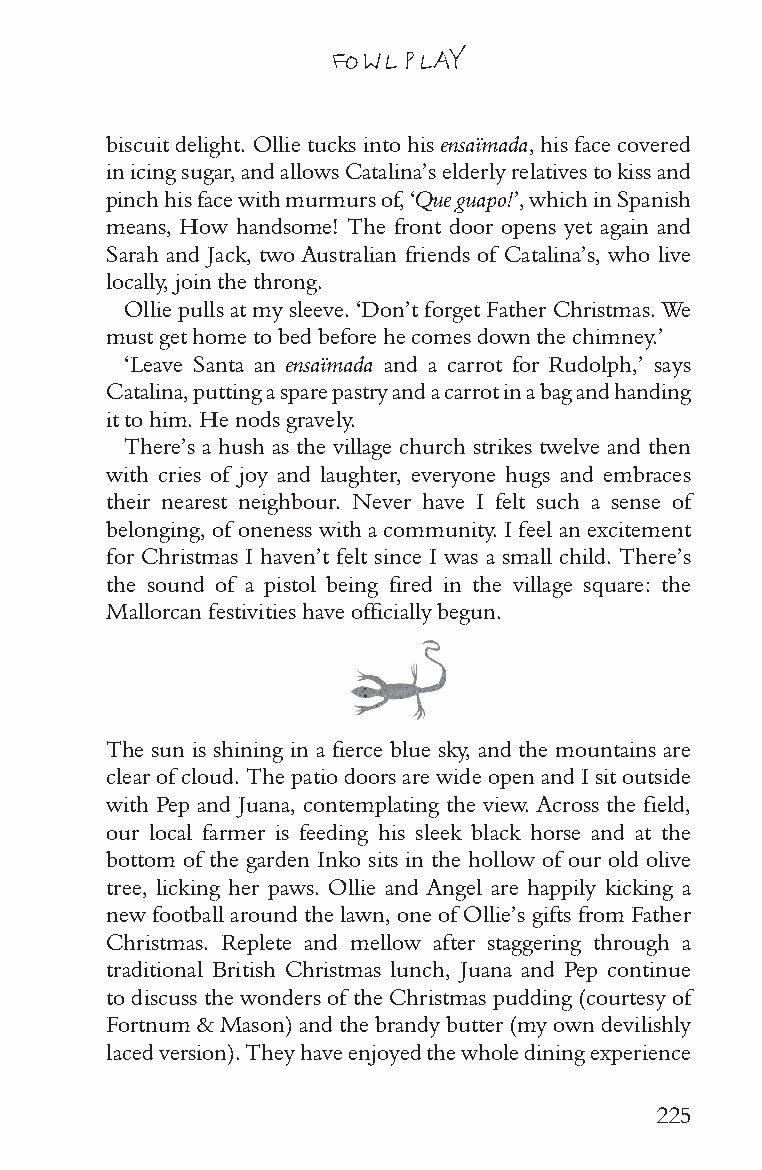
FOWL PLAY
 biscuit delight. Ollie tucks into his ensaïmada, his face covered
 in icing sugar, and allows Catalina’s elderly relatives to kiss and
 pinch his face with murmurs of, ‘Que guapo!’, which in Spanish
 means, How handsome! The front door opens yet again and
 Sarah and Jack, two Australian friends of Catalina’s, who live
 locally, join the throng.
 Ollie pulls at my sleeve. ‘Don’t forget Father Christmas. We
 must get home to bed before he comes down the chimney.’
 ‘Leave Santa an ensaïmada and a carrot for Rudolph,’ says
 Catalina, putting a spare pastry and a carrot in a bag and handing
 it to him. He nods gravely.
 There’s a hush as the village church strikes twelve and then
 with cries of joy and laughter, everyone hugs and embraces
 their nearest neighbour. Never have I felt such a sense of
 belonging, of oneness with a community. I feel an excitement
 for Christmas I haven’t felt since I was a small child. There’s
 the sound of a pistol being fired in the village square: the
 Mallorcan festivities have officially begun.
 The sun is shining in a fierce blue sky, and the mountains are
 clear of cloud. The patio doors are wide open and I sit outside
 with Pep and Juana, contemplating the view. Across the field,
 our local farmer is feeding his sleek black horse and at the
 bottom of the garden Inko sits in the hollow of our old olive
 tree, licking her paws. Ollie and Angel are happily kicking a
 new football around the lawn, one of Ollie’s gifts from Father
 Christmas. Replete and mellow after staggering through a
 traditional British Christmas lunch, Juana and Pep continue
 to discuss the wonders of the Christmas pudding (courtesy of
 Fortnum & Mason) and the brandy butter (my own devilishly
 laced version). They have enjoyed the whole dining experience
 225